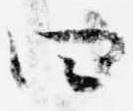
四